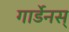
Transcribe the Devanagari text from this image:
गार्डेनस्